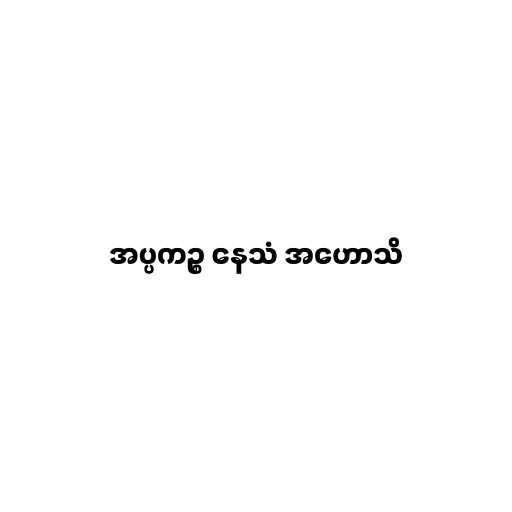
အပ္ပကဉ္စ နေသံ အဟောသိ